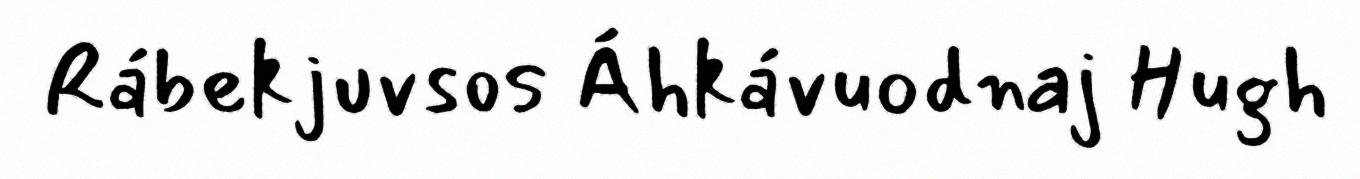
Rábekjuvsos Áhkávuodnaj Hugh